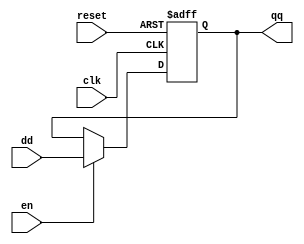
`timescale 1ns / 1ps
//////////////////////////////////////////////////////////////////////////////////
// Company: ITCR
// Estudiantes: 
// Deykel Hernndez Araya & Kennet Gonzales Njera
// Design Name: 
// Module Name:    RegistroNbits 
// Project Name: 
// Target Devices: 
// Tool versions: 
// Description: 
// Registro 
// Dependencies: 
//
// Revision: 
// Revision 0.01 - File Created
// Additional Comments: 
//
//////////////////////////////////////////////////////////////////////////////////
module RegistroNbits#(parameter bits=23)(

input wire clk, reset ,
input wire en ,
input wire [bits-1:0] dd ,
output reg [bits-1:0] qq
);

always @(posedge clk, posedge reset)
if (reset)
qq = 0;
else if (en)
qq = dd ;

endmodule